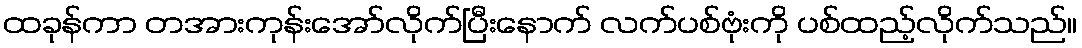
ထခုန်ကာ တအားကုန်းအော်လိုက်ပြီးနောက် လက်ပစ်ဗုံးကို ပစ်ထည့်လိုက်သည်။